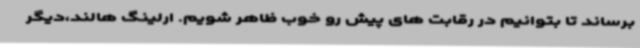
برساند تا بتوانیم در رقابت های پیش رو خوب ظاهر شویم. ارلینگ هالند،دیگر